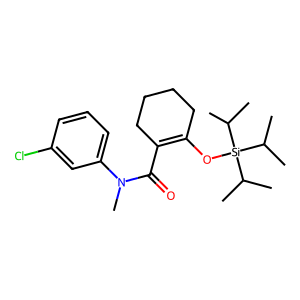
SMILES: CC(C)[Si](OC1=C(C(=O)N(C)c2cccc(Cl)c2)CCCC1)(C(C)C)C(C)C
Inhibits HIV replication: No